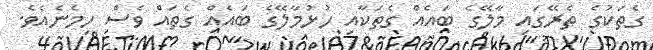
ގެތަކުގެ ތެރޭގައި މާލޭގެ ބައެއް ގެތަކާއި ހުޅުމާލޭގެ ބައެއް ގެތައް ވެސް ހިމެނެއެވެ.